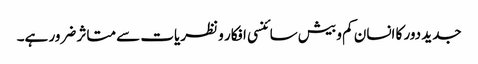
جدید دور کا انسان کم و بیش سائنسی افکار و نظریات سے متاثر ضرور ہے۔